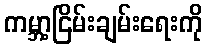
ကမ္ဘာ့ငြိမ်းချမ်းရေးကို